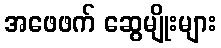
အဖေဖက် ဆွေမျိုးများ